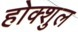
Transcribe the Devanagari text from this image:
होक्शुल